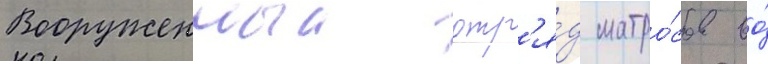
Вооруженныи отр'я́д матро́сов во́